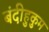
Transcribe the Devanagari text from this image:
बंदीहुकुम